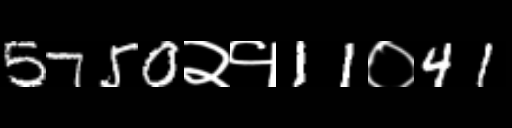
Text: 5750२१11०41